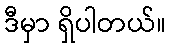
ဒီမှာ ရှိပါတယ်။